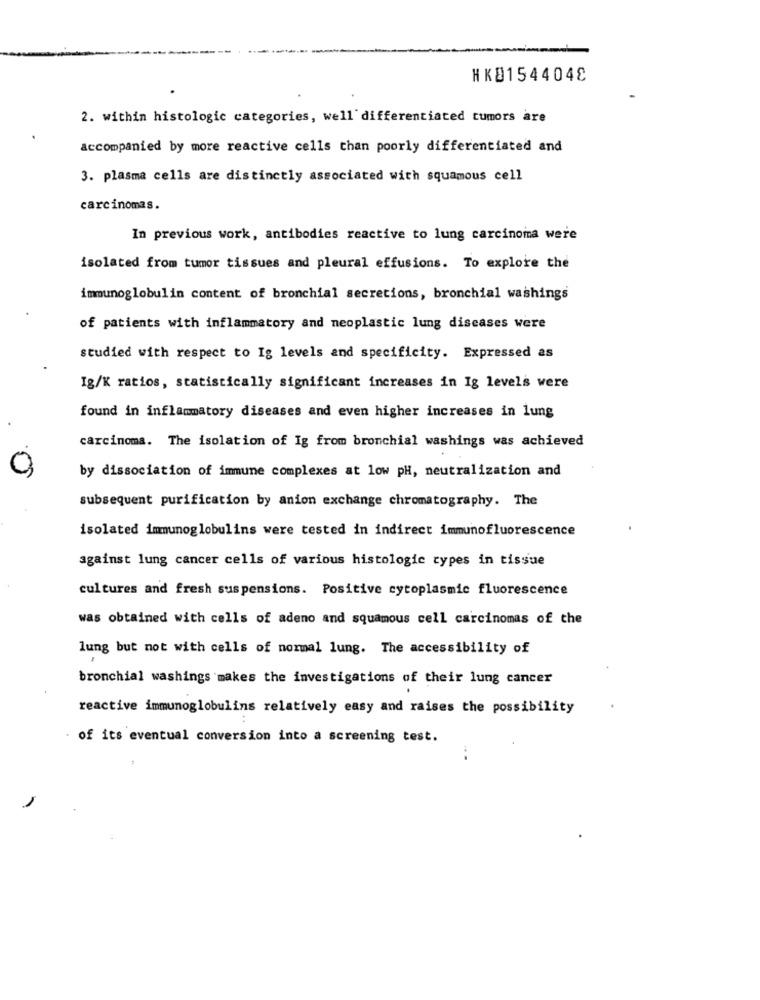
HKB1544048
2. within histologic categories, well differentiated tumors are
accompanied by more reactive cells than poorly differentiated and
3. plasma cells are distinctly associated with squamous cell
carcinomas.
In previous work, antibodies reactive to lung carcinoma were
isolated from tumor tissues and pleural effusions. To explore the
immunoglobulin content of bronchial secretions, bronchial washings
of patients with inflammatory and neoplastic lung diseases were
studied with respect to Ig levels and specificity. Expressed as
Ig/K ratios, statistically significant increases in Ig levels were
found in inflammatory diseases and even higher increases in lung
carcinoma. The isolation of Ig from bronchial washings was achieved
by dissociation of immune complexes at low pH, neutralization and
subsequent purification by anion exchange chromatography. The
isolated immunoglobulins were tested in indirect immunofluorescence
against lung cancer cells of various histologic types in tissue
cultures and fresh suspensions. Positive cytoplasmic fluorescence
was obtained with cells of adeno and squamous cell carcinomas of the
lung but not with cells of normal lung. The accessibility of
bronchial washings makes the investigations of their lung cancer
reactive immunoglobulins relatively easy and raises the possibility
..
of its eventual conversion into a screening test.
...